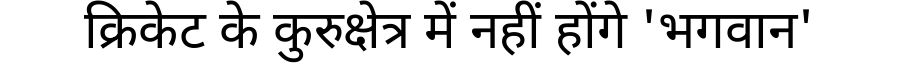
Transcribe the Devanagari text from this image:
क्रिकेट के कुरुक्षेत्र में नहीं होंगे 'भगवान'